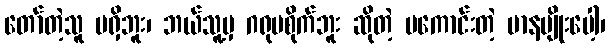
တော်တဲ့သူ မရှိဘူး၊ ဘယ်သူ့မှ ဂရုမစိုက်ဘူး ဆိုတဲ့ မကောင်းတဲ့ မာနမျိုးပေါ့၊